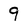
Character: 9